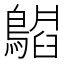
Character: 𬷪